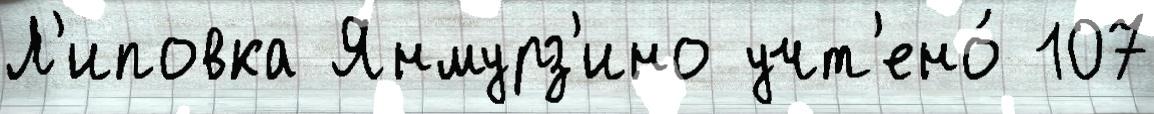
Л'иповка Янмурз'ино учт'ено́ 107